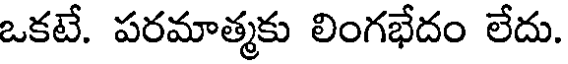
ఒకటే. పరమాత్మకు లింగభేదం లేదు.